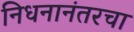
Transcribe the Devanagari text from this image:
निधनानंतरचा